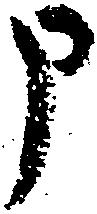
申